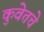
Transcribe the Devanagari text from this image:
कुवेतचे